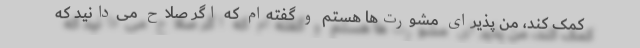
کمک کند، من پذیرای مشورت‌ها هستم و گفته‌ام که اگر صلاح می‌دانید که